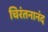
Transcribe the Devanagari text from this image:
चिरंतनानंद